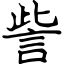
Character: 訾